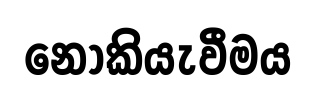
නොකියැවීමය